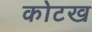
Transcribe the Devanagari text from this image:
कोटख